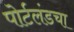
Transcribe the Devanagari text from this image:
पोर्टलंडचा